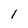
Character: l